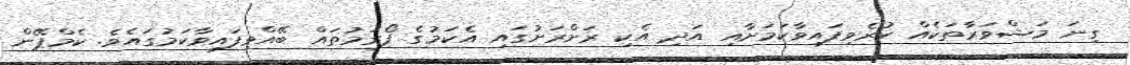
ގިނަ މަޝްވަރާތަކެއް ކުރެވިފައިވާކަމަށާއި އަދި އެކި ރަށްރަށުގައި އެކަމުގެ ފޯރަމުތައް ބޭއްވިފައިވާކަމުގައެވެ. ކެމްޕޭން